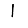
Digit: 1